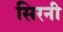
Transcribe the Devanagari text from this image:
सिरनी